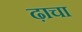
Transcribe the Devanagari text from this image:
ढ़ाचा